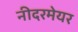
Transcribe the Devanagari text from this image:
नीदरमेयर